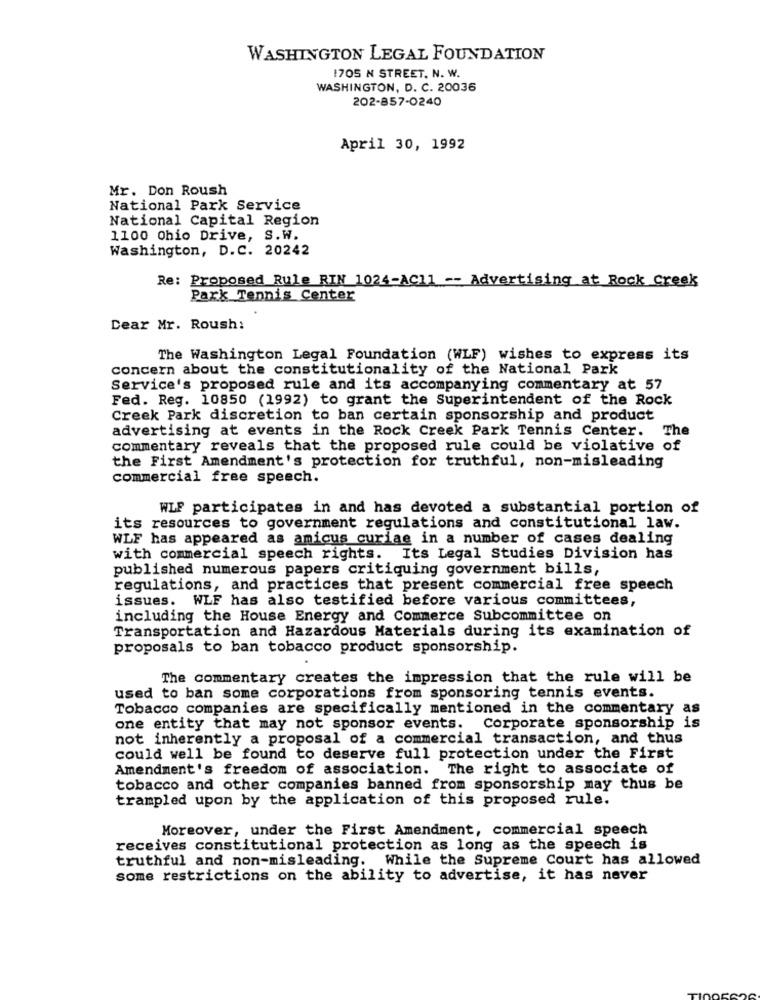
WASHINGTON LEGAL FOUNDATION
1705 N STREET. N. W.
WASHINGTON, D. C. 20036
202-857-0240
April 30, 1992
Mr. Don Roush
National Park Service
National Capital Region
1100 Ohio Drive, S.W.
Washington, D.C. 20242
Re: Proposed Rule RIN 1024-AC11 -- Advertising at Rock Creek
Park Tennis Center
Dear Mr. Roush:
The Washington Legal Foundation (WLF) wishes to express its
concern about the constitutionality of the National Park
Service's proposed rule and its accompanying commentary at 57
Fed. Reg. 10850 (1992) to grant the Superintendent of the Rock
Creek Park discretion to ban certain sponsorship and product
advertising at events in the Rock Creek Park Tennis Center. The
commentary reveals that the proposed rule could be violative of
the First Amendment's protection for truthful, non-misleading
commercial free speech.
WLF participates in and has devoted a substantial portion of
its resources to government regulations and constitutional law.
WLF has appeared as amicus curiae in a number of cases dealing
with commercial speech rights. Its Legal Studies Division has
published numerous papers critiquing government bills,
regulations, and practices that present commercial free speech
issues. WLF has also testified before various committees,
including the House Energy and Commerce Subcommittee on
Transportation and Hazardous Materials during its examination of
proposals to ban tobacco product sponsorship.
The commentary creates the impression that the rule will be
used to ban some corporations from sponsoring tennis events.
Tobacco companies are specifically mentioned in the commentary as
one entity that may not sponsor events. Corporate sponsorship is
not inherently a proposal of a commercial transaction, and thus
could well be found to deserve full protection under the First
Amendment's freedom of association. The right to associate of
tobacco and other companies banned from sponsorship may thus be
trampled upon by the application of this proposed rule.
Moreover, under the First Amendment, commercial speech
receives constitutional protection as long as the speech is
truthful and non-misleading. While the Supreme Court has allowed
some restrictions on the ability to advertise, it has never